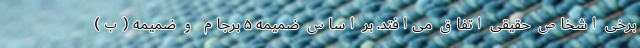
برخی اشخاص حقیقی اتفاق می‌افتد. بر اساس ضمیمه ۵ برجام و ضمیمه (ب)